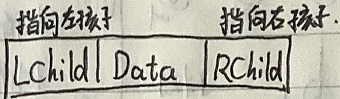
指向左孩子 指向右孩子
\[
\begin{tabular}{|c|c|c|}
\hline
\text{LChild} & \text{Data} & \text{RChild} \\
\hline
\end{tabular}
\]